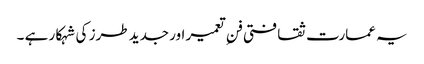
یہ عمارت ثقافتی فنِ تعمیر اور جدید طرز کی شہکار ہے ۔